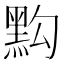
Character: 𪐯